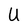
Character: U